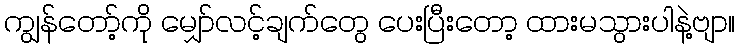
ကျွန်တော့်ကို မျှော်လင့်ချက်တွေ ပေးပြီးတော့ ထားမသွားပါနဲ့ဗျာ။